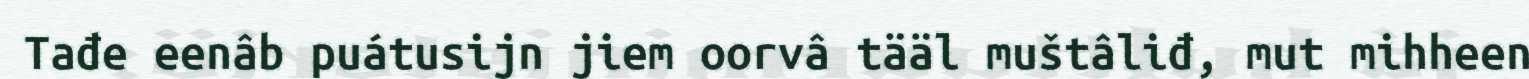
Tađe eenâb puátusijn jiem oorvâ tääl muštâliđ, mut mihheen